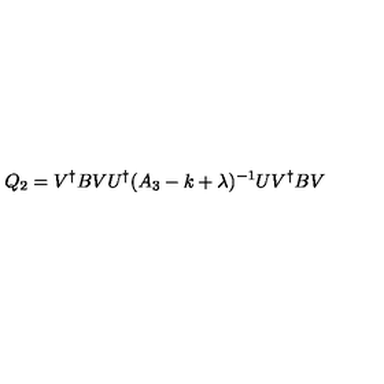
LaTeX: Q _ { 2 } = V ^ { \dagger } B V U ^ { \dagger } ( A _ { 3 } - k + \lambda ) ^ { - 1 } U V ^ { \dagger } B V